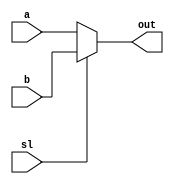
module mux21a (
    a, b, out, sl
);
    input  a, b, sl;
    output reg out;

    always @( * )
        if( sl == 0 ) 
            out <= a;
        else 
            out <= b;
endmodule